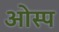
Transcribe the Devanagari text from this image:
ओस्प